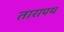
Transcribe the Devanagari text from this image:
तारापथ